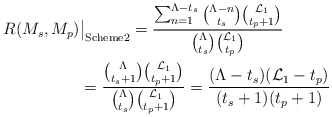
\begin{align*} R(M_s,M_p)&\big|_{\textrm{Scheme2}}= \frac{\sum_{n=1}^{\Lambda-t_s}\binom{\Lambda-n}{t_s}\binom{\mathcal{L}_1}{t_p+1}}{\binom{\Lambda}{t_s}\binom{\mathcal{L}_1}{t_p}}\\ &= \frac{\binom{\Lambda}{t_s+1}\binom{\mathcal{L}_1}{t_p+1}}{\binom{\Lambda}{t_s}\binom{\mathcal{L}_1}{t_p+1}}=\frac{(\Lambda-t_s)(\mathcal{L}_1-t_p)}{(t_s+1)(t_p+1)} \end{align*}